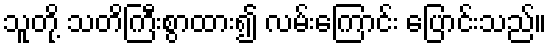
သူတို့ သတိကြီးစွာထား၍ လမ်းကြောင်း ပြောင်းသည်။